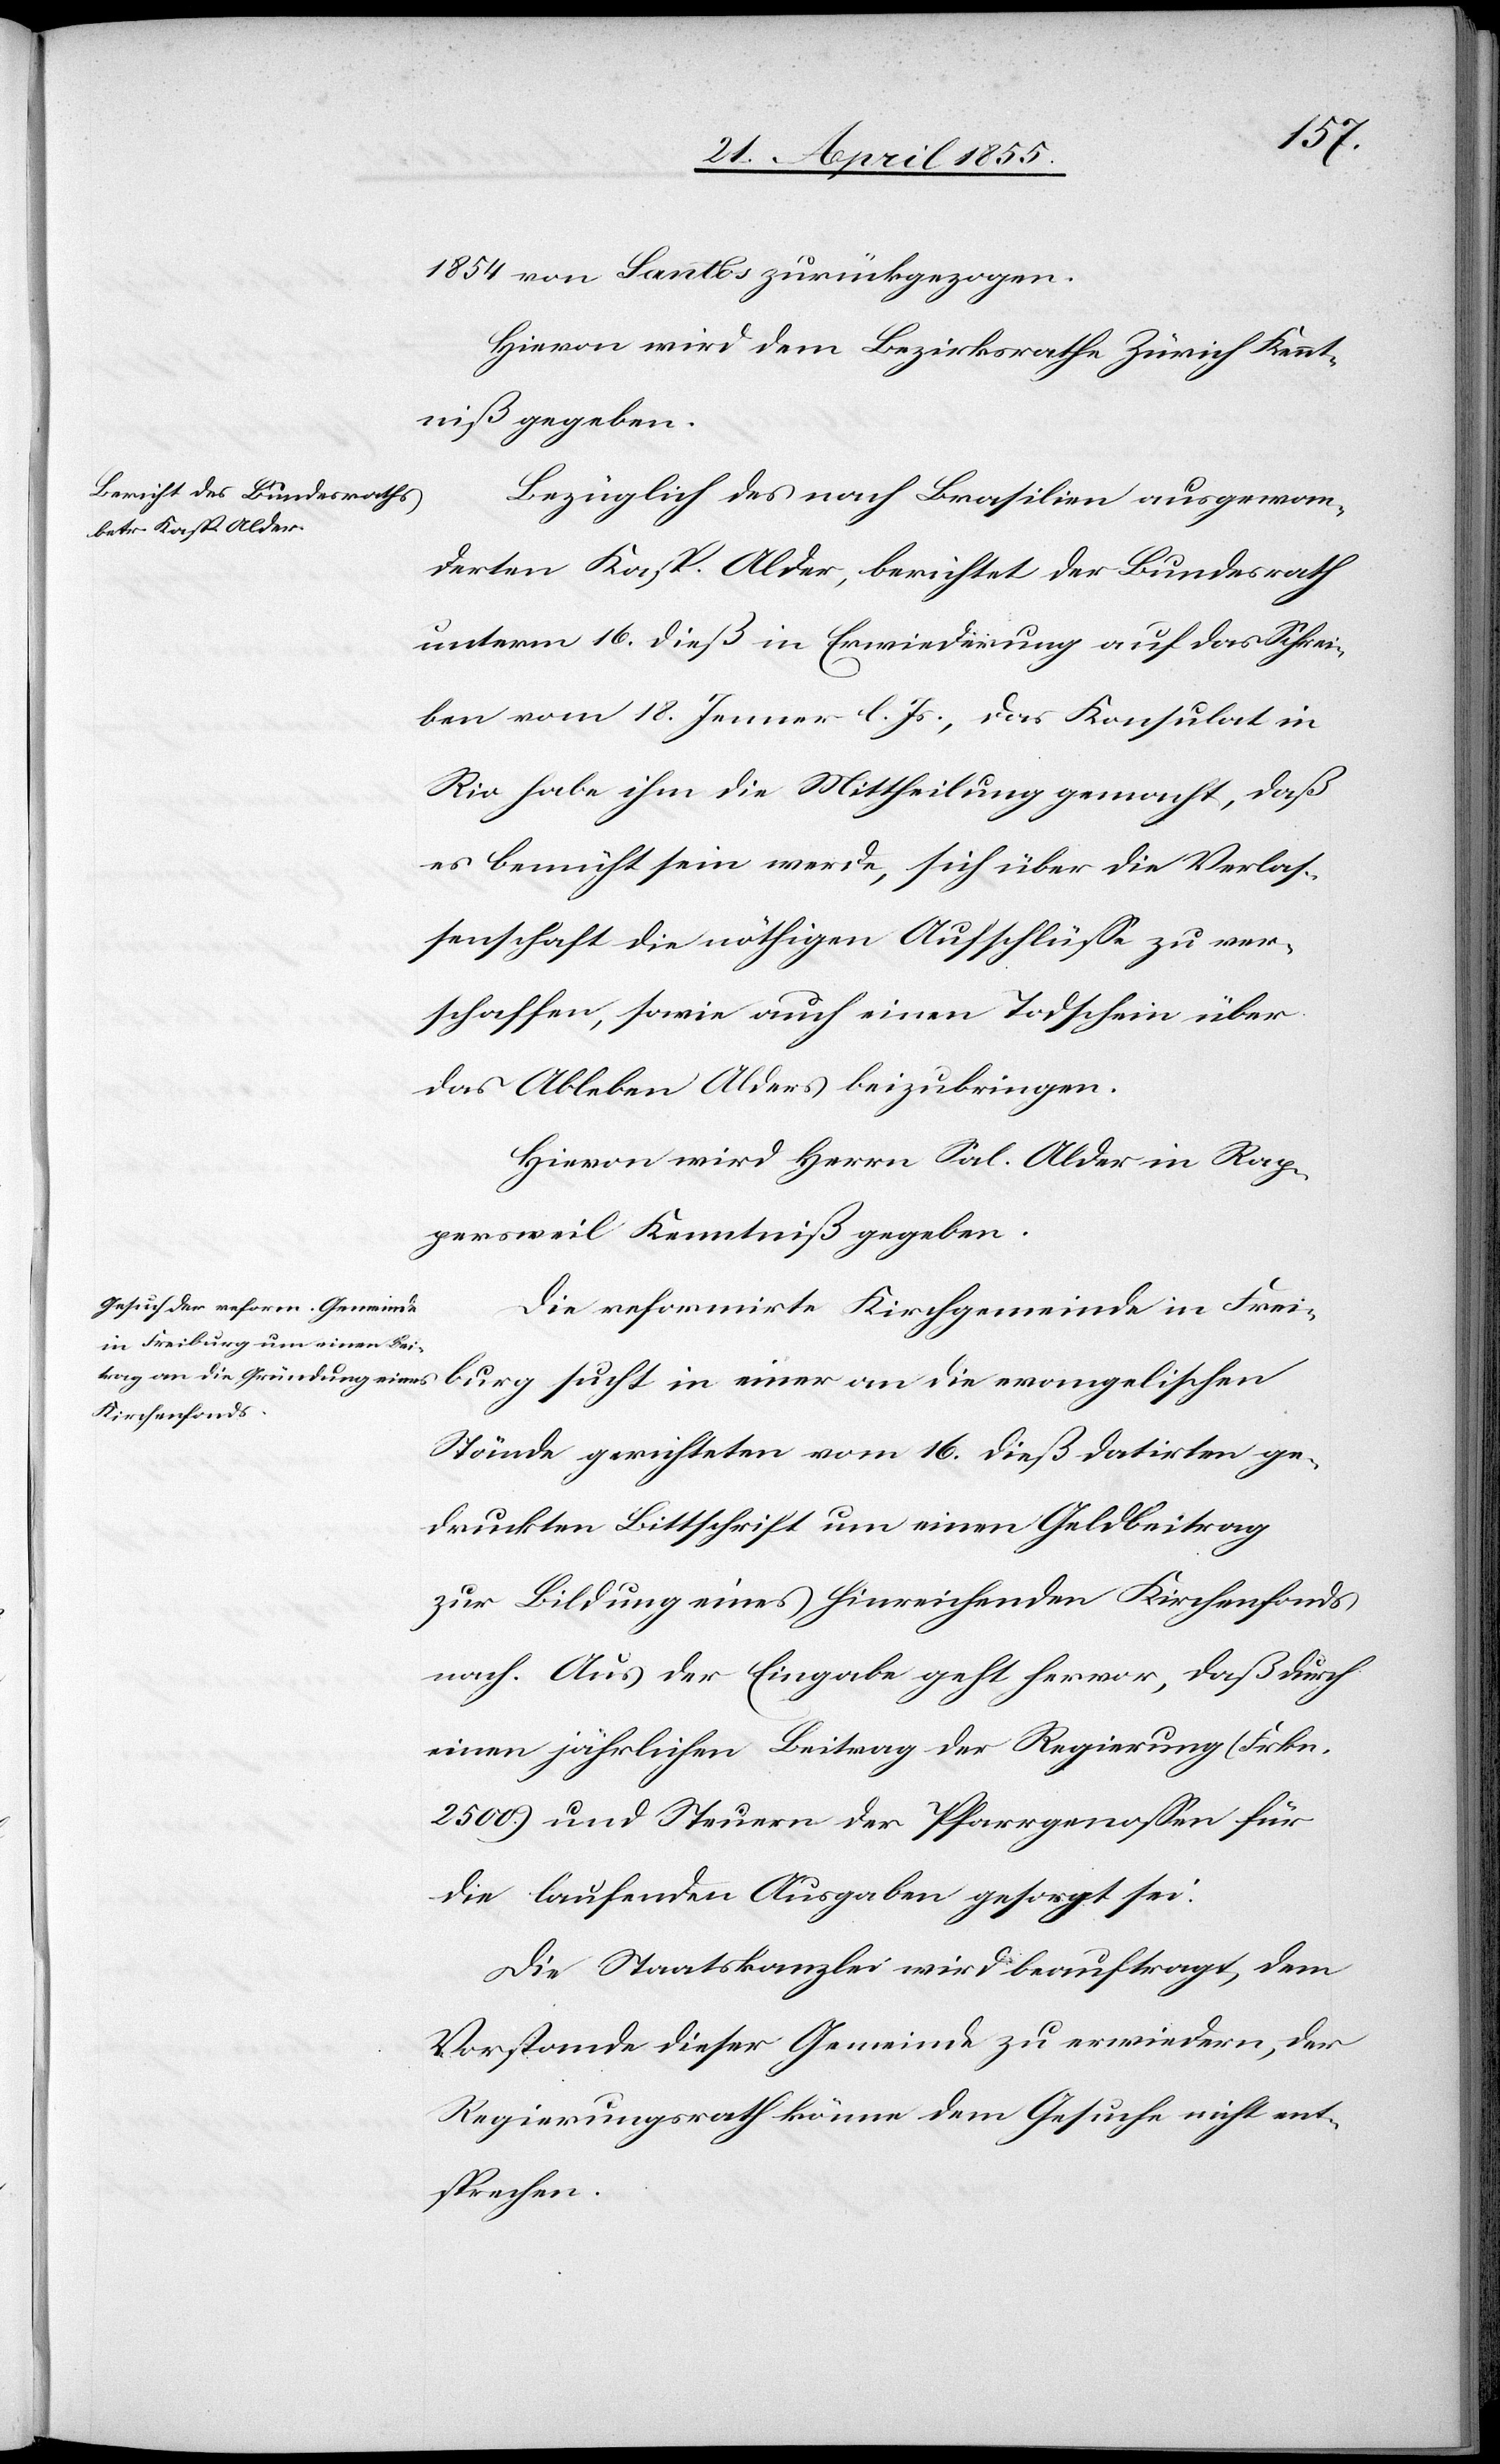
burg
1854 von Santos zurückgezogen.
Hievon wird dem Bezirksrathe Zürich Kennt¬
niß gegeben.
Bezüglich des nach Brasilien ausgewan¬
derten Kasp. Alder, berichtet der Bundesrath
unterm 16. dieß in Erwiederung auf das Schrei¬
ben vom 18. Jenner l. Js., das Konsulat in
Rio habe ihm die Mittheilung gemacht, daß
es bemüht sein werde, sich über die Verlas¬
senschaft die nöthigen Aufschlüsse zu ver¬
schaffen, sowie auch einen Todschein über
das Ableben Alders beizubringen.
Hievon wird Herrn Sal. Alder in Rap¬
persweil Kenntniß gegeben.
Die reformirte Kirchgemeinde in Frei¬
Stände gerichteten vom 16. dieß datirten ge¬
druckten Bittschrift um einen Geldbeitrag
zur Bildung eines hinreichenden Kirchenfonds
nach. Aus der Eingabe geht hervor, daß durch
einen jährlichen Beitrag der Regierung (Frkn.
2500.) und Steuern der Pfarrgenossen für
die laufenden Ausgaben gesorgt sei.
Die Staatskanzlei wird beauftragt, dem
Vorstande dieser Gemeinde zu erwiedern, der
Regierungsrath könne dem Gesuche nicht ent¬
sprechen.